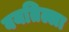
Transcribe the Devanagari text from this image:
वयतिल्ला